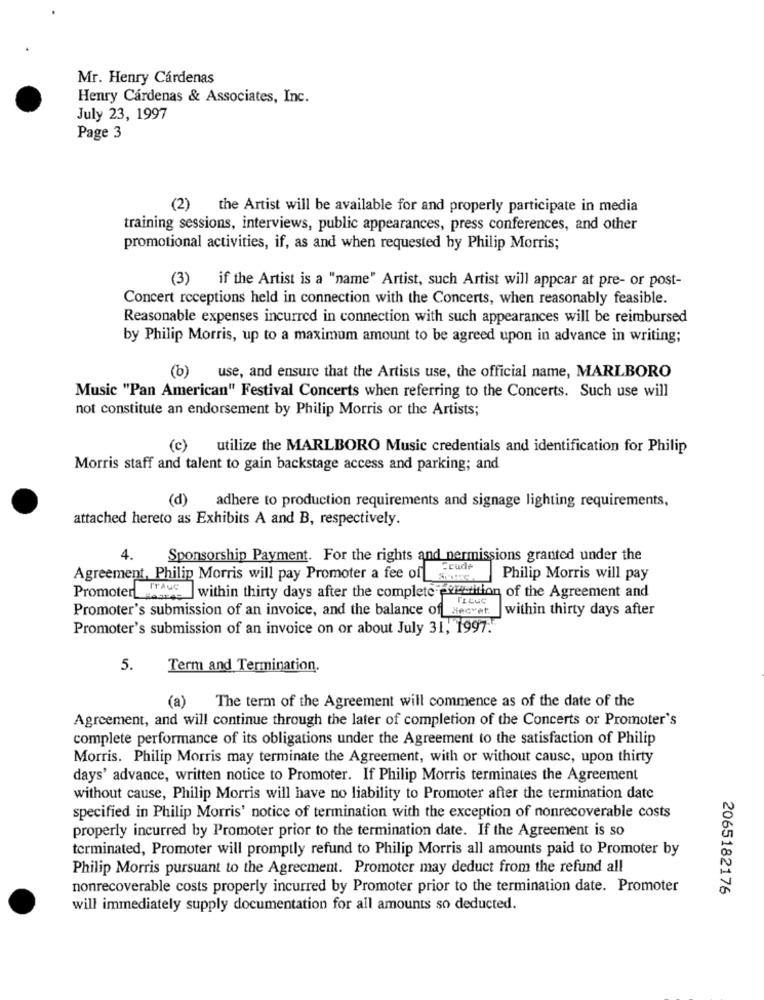
Mr. Henry Cárdenas
Henry Cárdenas & Associates, Inc.
July 23, 1997
Page 3
(2) the Artist will be available for and properly participate in media
training sessions, interviews, public appearances, press conferences, and other
promotional activities, if, as and when requested by Philip Morris;
(3) if the Artist is a "name" Artist, such Artist will appear at pre- or post-
Concert receptions held in connection with the Concerts, when reasonably feasible.
Reasonable expenses incurred in connection with such appearances will be reimbursed
by Philip Morris, up to a maximum amount to be agreed upon in advance in writing;
(b) use, and ensure that the Artists use, the official name, MARLBORO
Music "Pan American" Festival Concerts when referring to the Concerts. Such use will
not constitute an endorsement by Philip Morris or the Artists;
(c) utilize the MARLBORO Music credentials and identification for Philip
Morris staff and talent to gain backstage access and parking; and
(d) adhere to production requirements and signage lighting requirements,
attached hereto as Exhibits A and B, respectively.
4.
Sponsorship Payment. For the rights and nermissions granted under the
Crude
Agreement, Philip Morris will pay Promoter a fee of s
Philip Morris will pay
Promoter within thirty days after the complete porcition of the Agreement and
Promoter's submission of an invoice, and the balance of siecvet.
within thirty days after
Promoter's submission of an invoice on or about July 31, 1997.
5.
Term and Termination.
(a) The term of the Agreement will commence as of the date of the
Agreement, and will continue through the later of completion of the Concerts or Promoter's
complete performance of its obligations under the Agreement to the satisfaction of Philip
Morris. Philip Morris may terminate the Agreement, with or without cause, upon thirty
days' advance, written notice to Promoter. If Philip Morris terminates the Agreement
without cause, Philip Morris will have no liability to Promoter after the termination date
specified in Philip Morris' notice of termination with the exception of nonrecoverable costs
properly incurred by Promoter prior to the termination date. If the Agreement is so
terminated, Promoter will promptly refund to Philip Morris all amounts paid to Promoter by
Philip Morris pursuant to the Agreement. Promoter may deduct from the refund all
nonrecoverable costs properly incurred by Promoter prior to the termination date. Promoter
2065182176
will immediately supply documentation for all amounts so deducted.